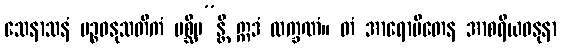
သေနာသနံ ပဉ္စဓနုသတိကံ ပစ္ဆိမ”န္တိ ဣဒံ လက္ခဏံ။ တံ အာရောပိတေန အာစရိယဓနုနာ